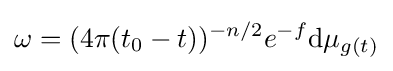
\omega =(4\pi (t_{0}-t))^{-n/2}e^{-f}{\text{d}}\mu _{g(t)}